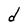
Character: d